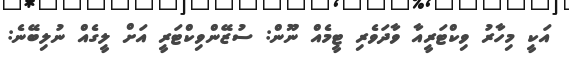
އަކީ މިހާރު ވިކްޓަރީއާ ވާދަވެރި ޓީމެއް ނޫން: ސުޒޭންވިކްޓަރީ އަށް ލީގެއް ނުލިބޭނެ: